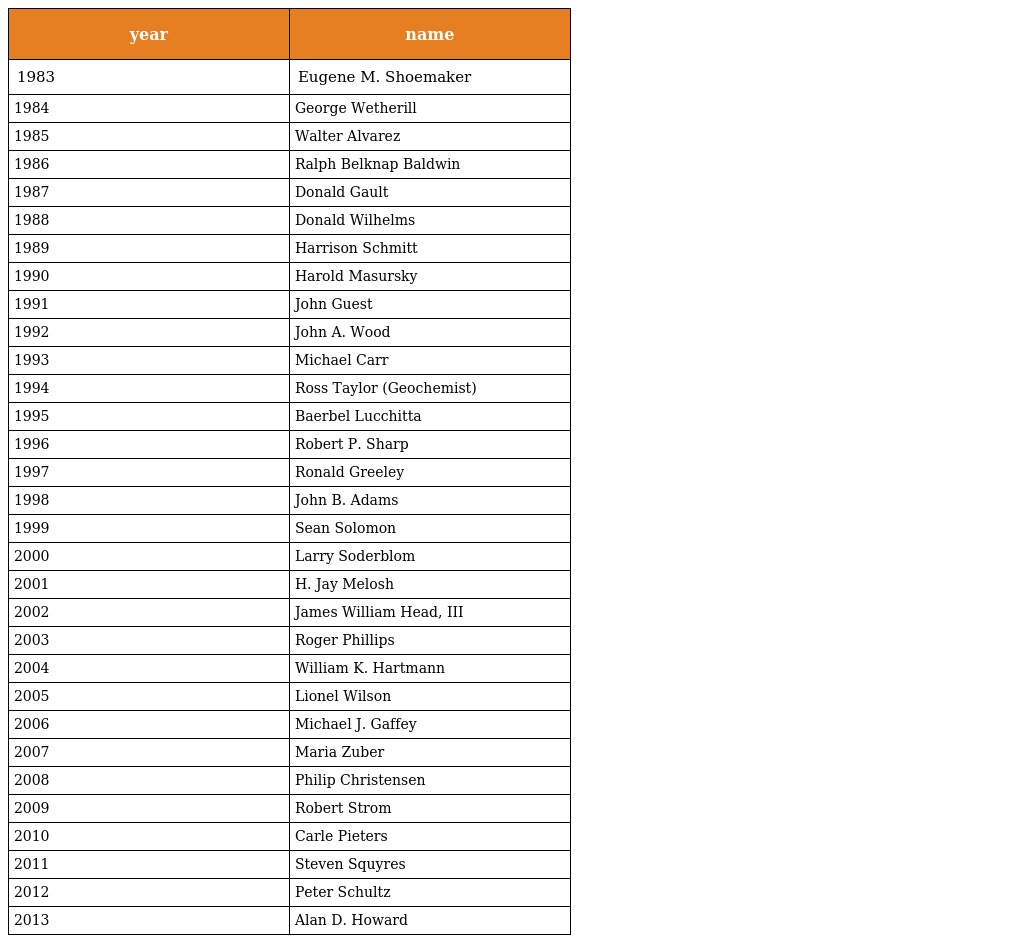
| year | name |
 | --- | --- |
 | 1983 | Eugene M. Shoemaker |
 | 1984 | George Wetherill |
 | 1985 | Walter Alvarez |
 | 1986 | Ralph Belknap Baldwin |
 | 1987 | Donald Gault |
 | 1988 | Donald Wilhelms |
 | 1989 | Harrison Schmitt |
 | 1990 | Harold Masursky |
 | 1991 | John Guest |
 | 1992 | John A. Wood |
 | 1993 | Michael Carr |
 | 1994 | Ross Taylor (Geochemist) |
 | 1995 | Baerbel Lucchitta |
 | 1996 | Robert P. Sharp |
 | 1997 | Ronald Greeley |
 | 1998 | John B. Adams |
 | 1999 | Sean Solomon |
 | 2000 | Larry Soderblom |
 | 2001 | H. Jay Melosh |
 | 2002 | James William Head, III |
 | 2003 | Roger Phillips |
 | 2004 | William K. Hartmann |
 | 2005 | Lionel Wilson |
 | 2006 | Michael J. Gaffey |
 | 2007 | Maria Zuber |
 | 2008 | Philip Christensen |
 | 2009 | Robert Strom |
 | 2010 | Carle Pieters |
 | 2011 | Steven Squyres |
 | 2012 | Peter Schultz |
 | 2013 | Alan D. Howard |